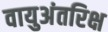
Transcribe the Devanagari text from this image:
वायुअंतरिक्ष